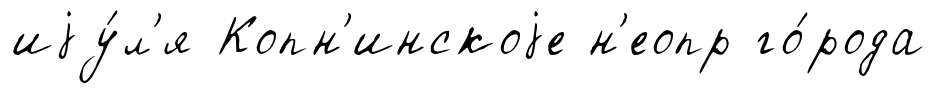
иjу́л'я Копн'инскоjе н'еопр го́рода